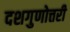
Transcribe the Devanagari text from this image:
दशगुणोत्तरी